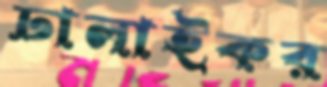
ঢালাইকর